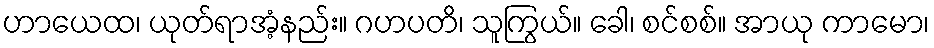
ဟာယေထ၊ ယုတ်ရာအံ့နည်း။ ဂဟပတိ၊ သူကြွယ်။ ခေါ၊ စင်စစ်။ အာယု ကာမော၊